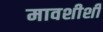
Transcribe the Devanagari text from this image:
मावशीशी